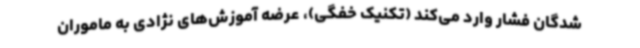
‌شدگان فشار وارد می‌کند (تکنیک خفگی)، عرضه آموزش‌های نژادی به ماموران